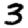
Digit: 3